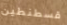
قسطنطين